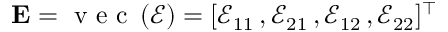
{ \bf E } = \mathrm { ~ v ~ e ~ c ~ } \left( { \boldsymbol { \mathcal { E } } } \right) = [ \mathcal { E } _ { 1 1 } \, , \mathcal { E } _ { 2 1 } \, , \mathcal { E } _ { 1 2 } \, , \mathcal { E } _ { 2 2 } ] ^ { \top }